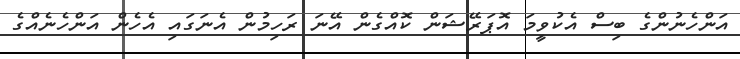
އަންހެނުންގެ ބިސް އެކުވީމަ އޮޕަރޭޝަން ކޮއްގެން އޭނަ ރަހިމުން އެނަގައި އެހެން އަންހެނެއްގެ